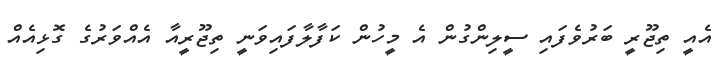
އެއީ ތިޖޫރީ ބަރުވެފައި ސީލިންގުން އެ މީހުން ކަފާލާފައިވަނީ ތިޖޫރީއާ އެއްވަރުގެ ގޮޅިއެއް